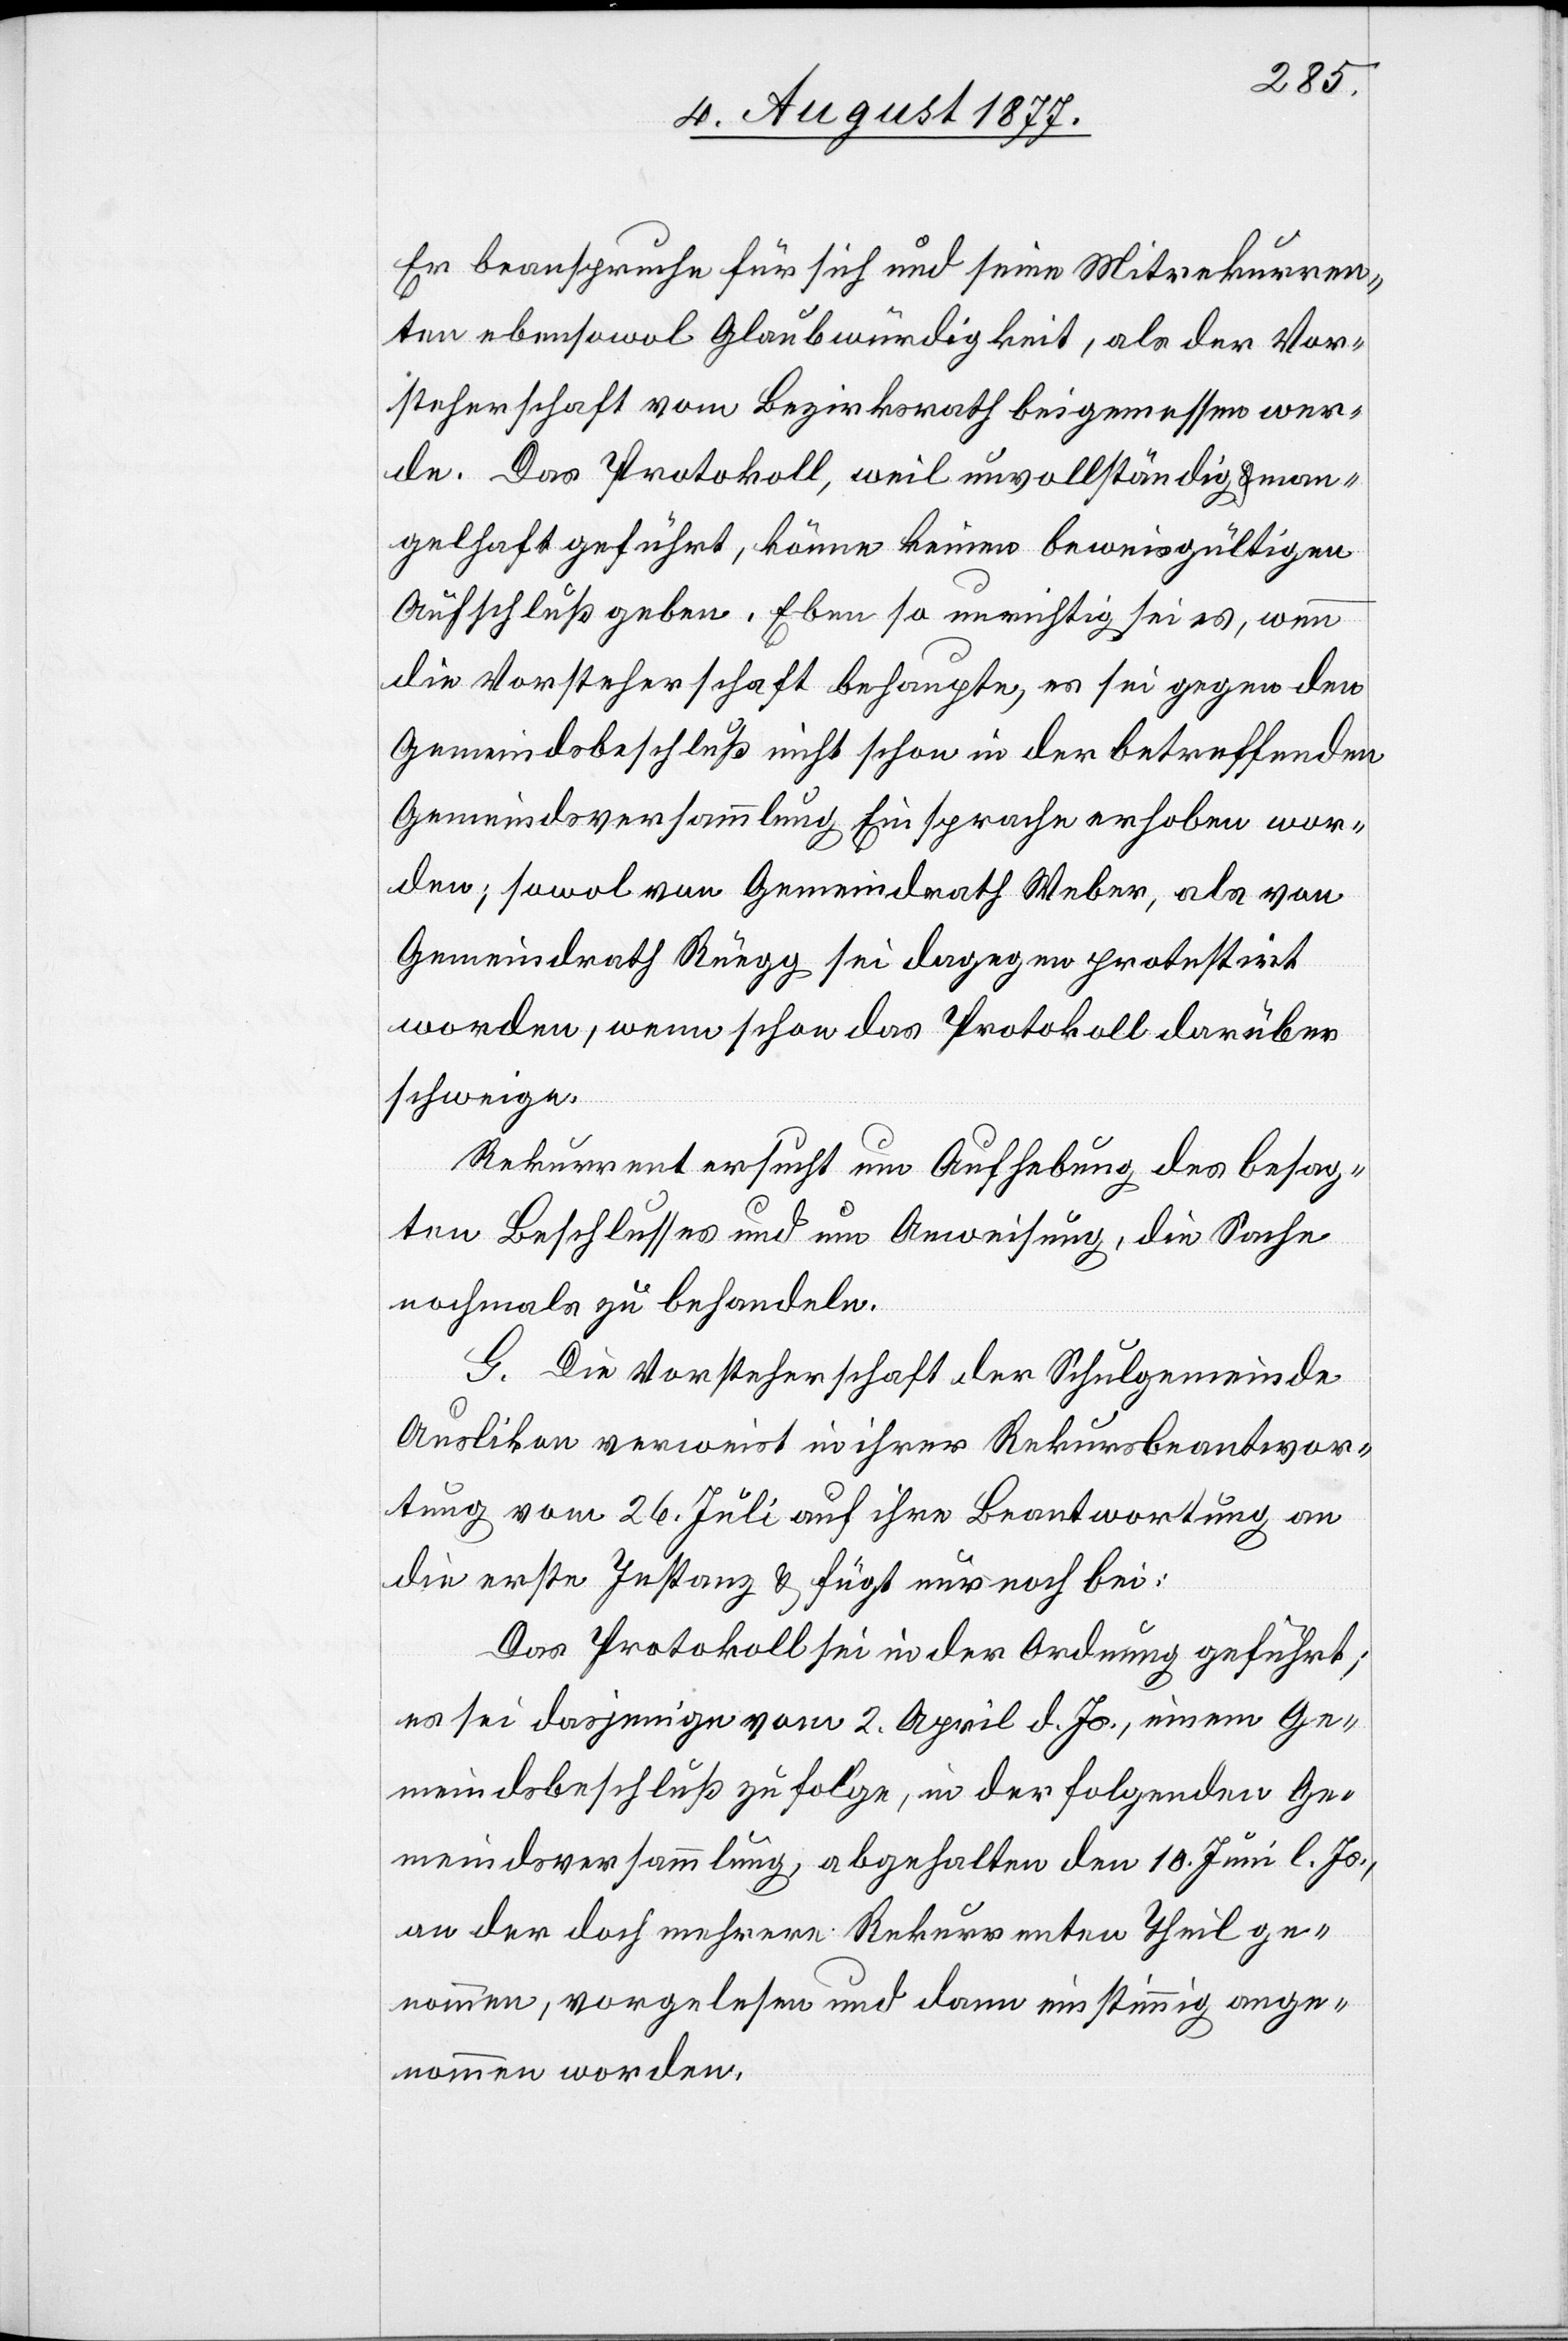
Er beanspruche für sich und seine Mitrekurren¬
ten ebensowol Glaubwürdigkeit, als der Vor¬
steherschaft vom Bezirksrath beigemessen wer¬
de. Das Protokoll, weil unvollständig & man¬
gelhaft geführt, könne keinen beweisgültigen
Aufschluß geben. Eben so unrichtig sei es, wenn
die Vorsteherschaft behaupte, es sei gegen den
Gemeindsbeschluß nicht schon in der betreffenden
Gemeindsversammlung Einsprache erhoben wor¬
den; sowol von Gemeindrath Weber, als von
Gemeindrath Rüegg sei dagegen protestirt
worden, wenn schon das Protokoll darüber
schweige.
Rekurrent ersucht um Aufhebung des besag¬
ten Beschlusses und um Anweisung, die Sache
nochmals zu behandeln.
G. Die Vorsteherschaft der Schulgemeinde
Auslikon verweist in ihrer Rekursbeantwor¬
tung vom 26. Juli auf ihre Beantwortung an
die erste Instanz & fügt nur noch bei:
Das Protokoll sei in der Ordnung geführt;
es sei dasjenige vom 2. April d. Js., einem Ge¬
meindsbeschluß zufolge, in der folgenden Ge¬
meindsversammlung, abgehalten den 10. Juni l. Js.,
an der doch mehrere Rekurrenten Theil ge¬
nommen, vorgelesen und dann einstimmig ange¬
nommen worden.